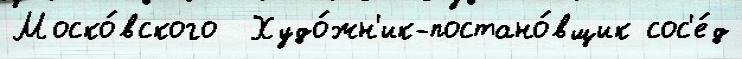
Моско́вского  Худо́жн'ик-постано́вщик сос'е́д